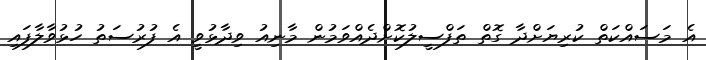
އެ މަސައްކަތް ކުރިޔަށްދާ ގޮތް ތަފްސީލުކޮށްދެއްވަމުން މާނިއު ވިދާޅުވީ އެ ފުރުސަތު ހުޅުވާލާފައި